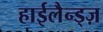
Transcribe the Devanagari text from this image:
हाईलैन्ड्ज़